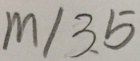
m / 3 . 5